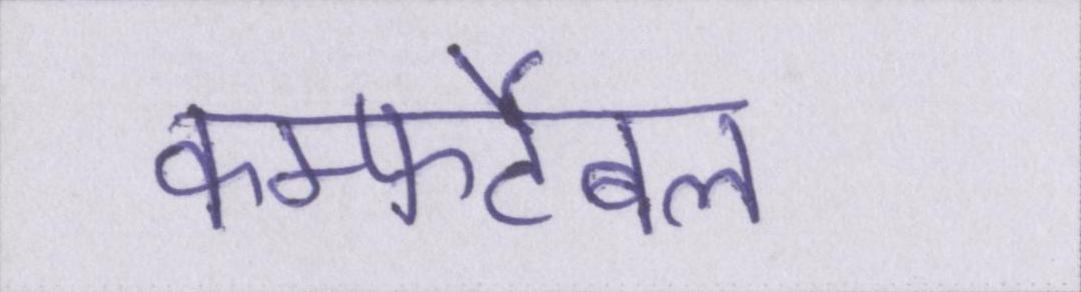
कम्फर्टेबल